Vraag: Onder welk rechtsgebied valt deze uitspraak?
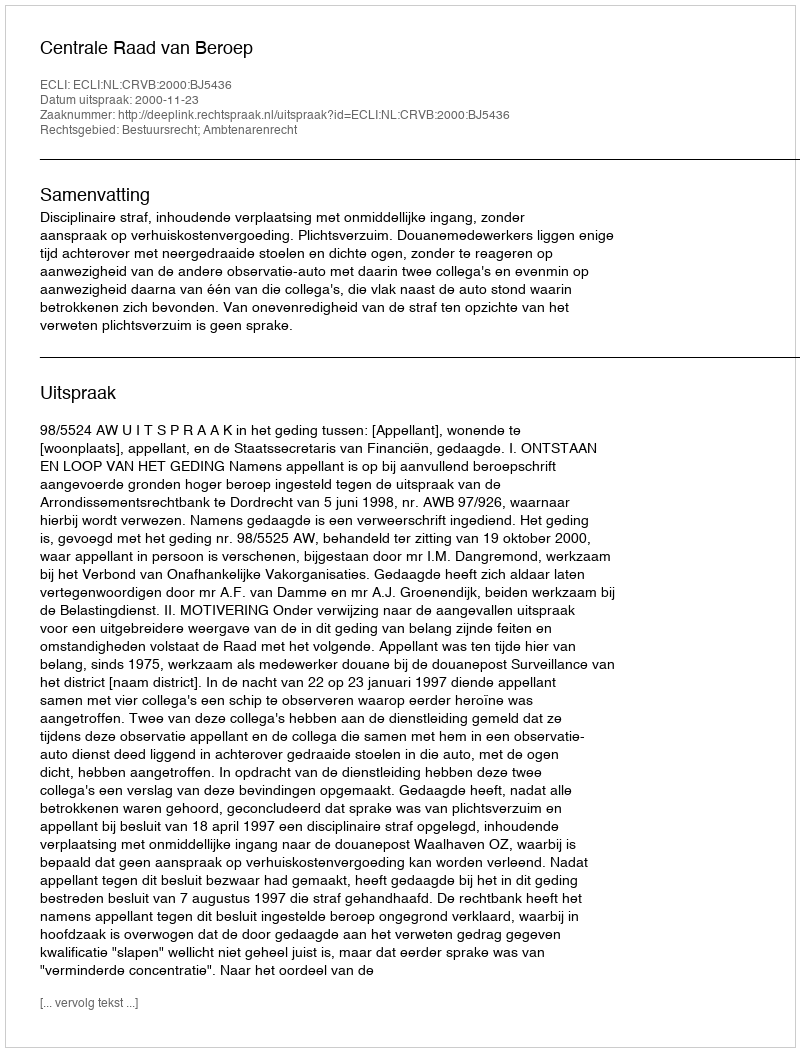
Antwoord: Bestuursrecht; Ambtenarenrecht